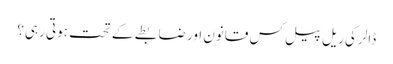
ڈالر کی ریل پیل کس قانون اور ضابطے کے تحت ہوتی رہی؟